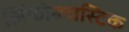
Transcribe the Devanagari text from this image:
लिंफोब्लास्टिक